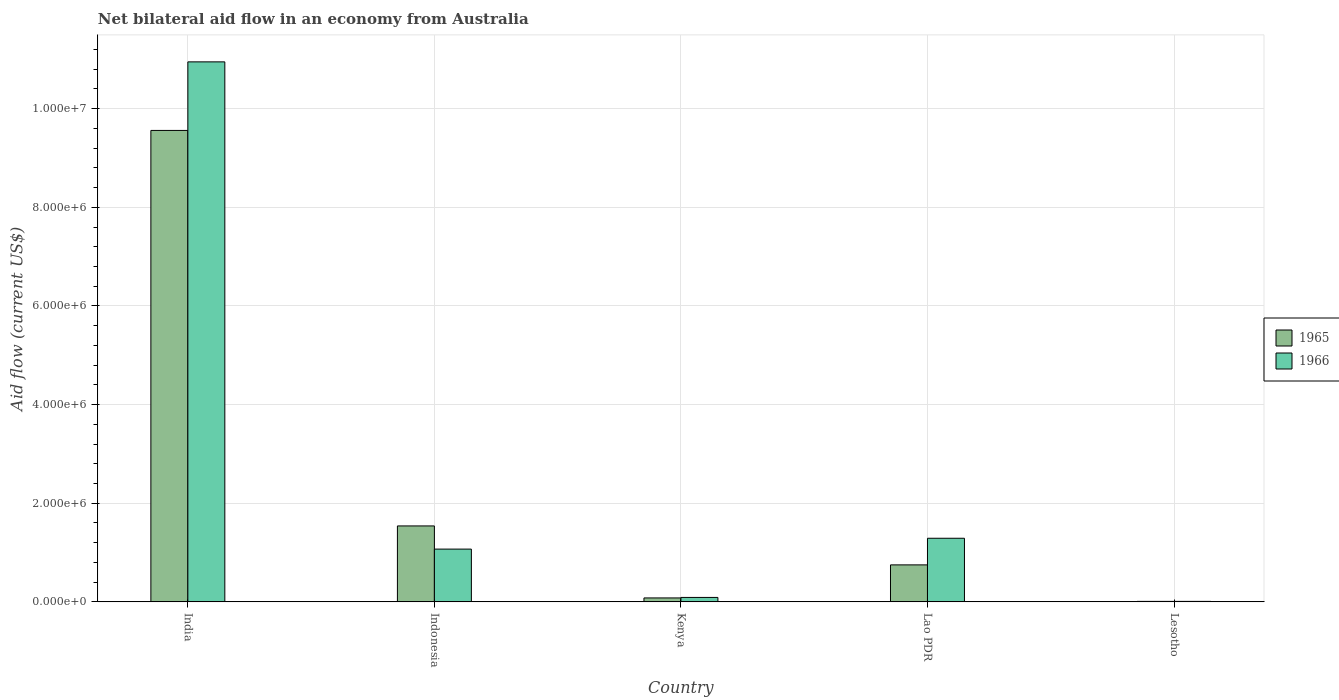
| Country | 1965 | 1966 |
 | --- | --- | --- |
 | India | 9.56e+06 | 1.1e+07 |
 | Indonesia | 1.54e+06 | 1.07e+06 |
 | Kenya | 8e+04 | 9e+04 |
 | Lao PDR | 7.5e+05 | 1.29e+06 |
 | Lesotho | 1e+04 | 1e+04 |